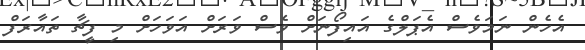
އެހެން ނަމަވެސް އެޕަލްގެ އައިފޯނަށް ވެސް ވަރަށް އަވަހަށް މި ފީޗާ ތައާރަފް